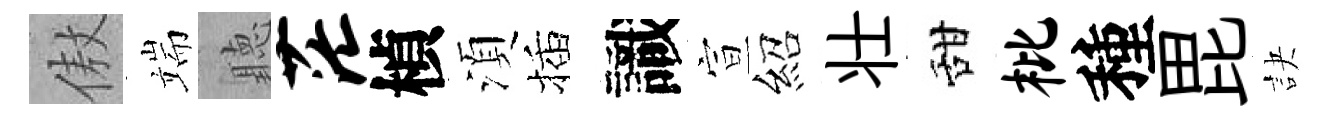
傲端聽茫楨湏插識宣紹壮甜枇種毘訣